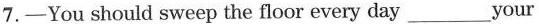
7.-You should sweep the floor every day___your